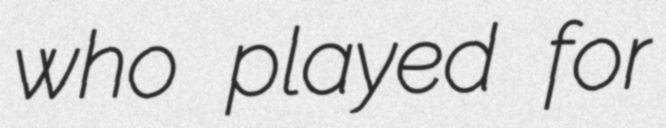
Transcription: who played for